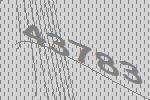
43783